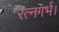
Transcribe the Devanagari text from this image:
रत्नगर्भ।